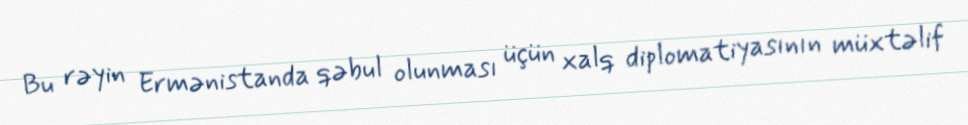
Bu rəyin Ermənistanda qəbul olunması üçün xalq diplomatiyasının müxtəlif